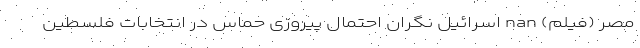
مصر (فیلم) nan اسرائیل نگران احتمال پیروزی حماس در انتخابات فلسطین